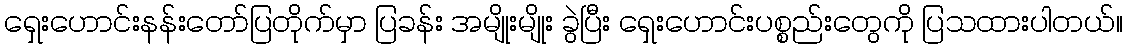
ရှေးဟောင်းနန်းတော်ပြတိုက်မှာ ပြခန်း အမျိုးမျိုး ခွဲပြီး ရှေးဟောင်းပစ္စည်းတွေကို ပြသထားပါတယ်။